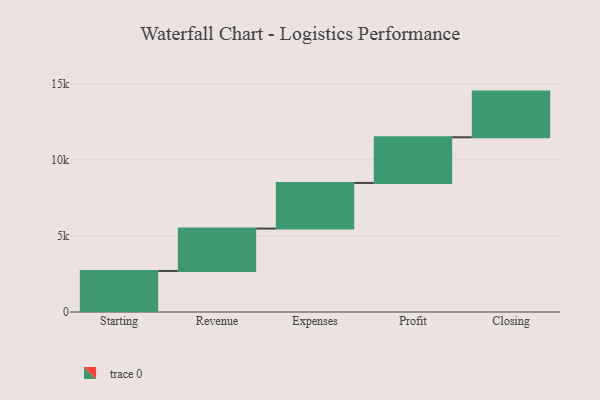
{"axis": {"x": "Step", "y": "Value"}, "legend": [""], "data": [{"x": "Starting", "y": 2696.0, "type": ""}, {"x": "Revenue", "y": 2784.0, "type": ""}, {"x": "Expenses", "y": 3000, "type": ""}, {"x": "Profit", "y": 3000, "type": ""}, {"x": "Closing", "y": 3000, "type": ""}]}